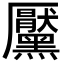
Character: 黶